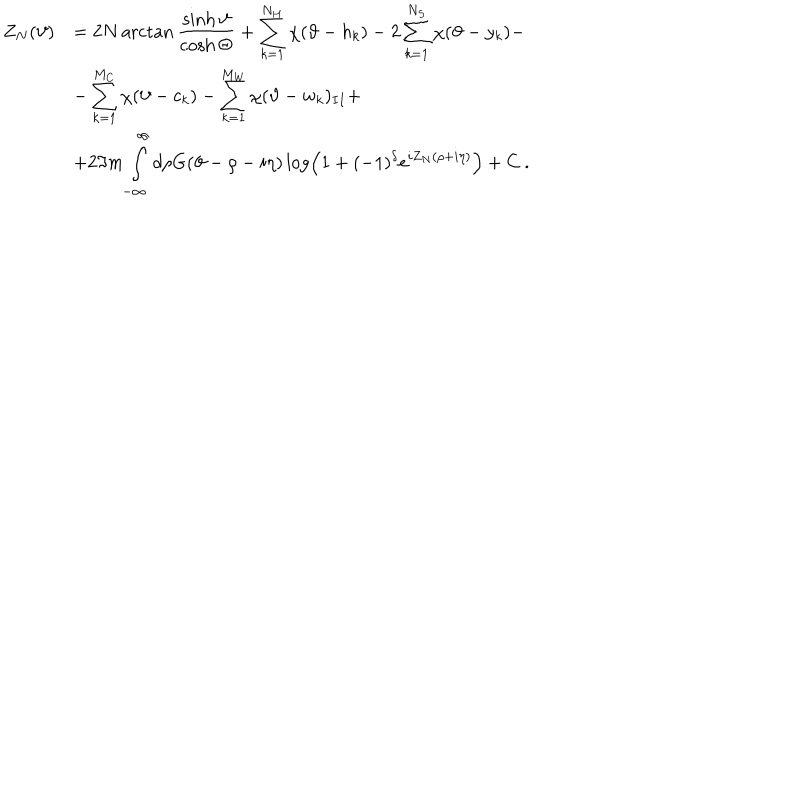
\begin{array} { r l } { { \displaystyle Z _ { N } ( \vartheta ) } } & { { = 2 N \operatorname { a r c t a n } \displaystyle \frac { \sinh \vartheta } { \cosh \Theta } + \displaystyle \sum _ { k = 1 } ^ { N _ { H } } \chi ( \vartheta - h _ { k } ) - 2 \displaystyle \sum _ { k = 1 } ^ { N _ { S } } \chi ( \vartheta - y _ { k } ) - } } \\ { { } } & { { - \displaystyle \sum _ { k = 1 } ^ { M _ { C } } \chi ( \vartheta - c _ { k } ) - \displaystyle \sum _ { k = 1 } ^ { M _ { W } } \chi ( \vartheta - w _ { k } ) _ { I I } + } } \\ { { } } & { { + 2 \Im m \displaystyle \int _ { - \infty } ^ { \infty } d \rho G ( \vartheta - \rho - i \eta ) \log \left( 1 + ( - 1 ) ^ { \delta } e ^ { i Z _ { N } ( \rho + i \eta ) } \right) + C \: . } } \\ \end{array}